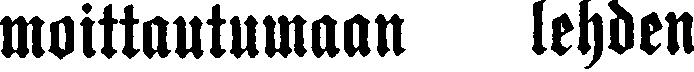
moittautumaan lehden